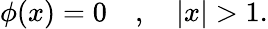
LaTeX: \phi(x)=0\quad,\quad|x|>1.